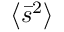
\left\langle \bar { s } ^ { 2 } \right\rangle